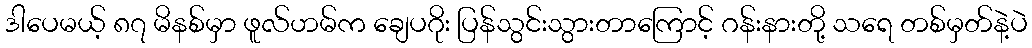
ဒါပေမယ့် ၈၇ မိနစ်မှာ ဖူလ်ဟမ်က ချေပဂိုး ပြန်သွင်းသွားတာကြောင့် ဂန်းနားတို့ သရေ တစ်မှတ်နဲ့ပဲ